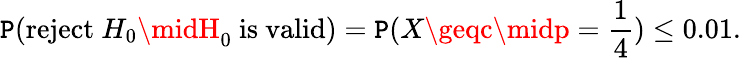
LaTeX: \mathtt{P}({\mathrm{{reject~}}}H_{0}\midH_{0}{\mathrm{{~is~valid}}})=\mathtt{P}(X\geqc\midp={\frac{{1}}{{4}}})\leq0{.}01.